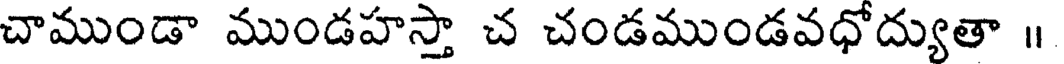
చాముండా ముండహస్తా చ చండముండవధోద్యుతా ॥